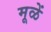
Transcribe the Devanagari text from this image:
मूळें